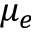
\mu _ { e }